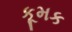
કૂમક